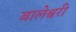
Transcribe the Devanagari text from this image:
बालेश्वरी